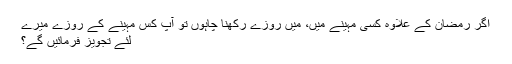
اگر رمضان کے علاوہ کسی مہینے میں، میں روزے رکھنا چاہوں تو آپ کس مہینے کے روزے میرے
لئے تجویز فرمائیں گے؟